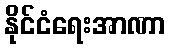
နိုင်ငံရေးအာဏာ